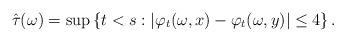
LaTeX: \begin{align*}\hat{\tau} (\omega) = \sup \left\{ t < s : \left| \varphi_t ( \omega, x ) - \varphi_t ( \omega, y ) \right| \leq 4 \right\}.\end{align*}